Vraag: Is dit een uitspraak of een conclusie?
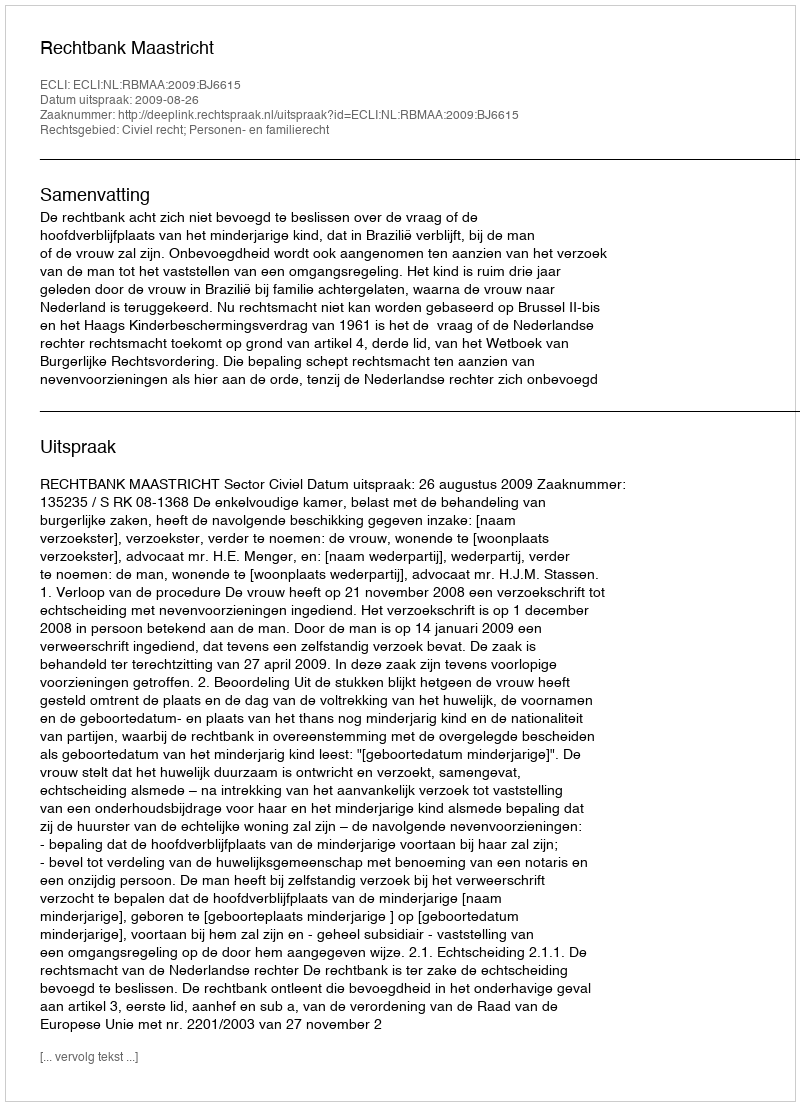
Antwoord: Uitspraak